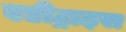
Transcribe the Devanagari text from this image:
एडीट्राइस